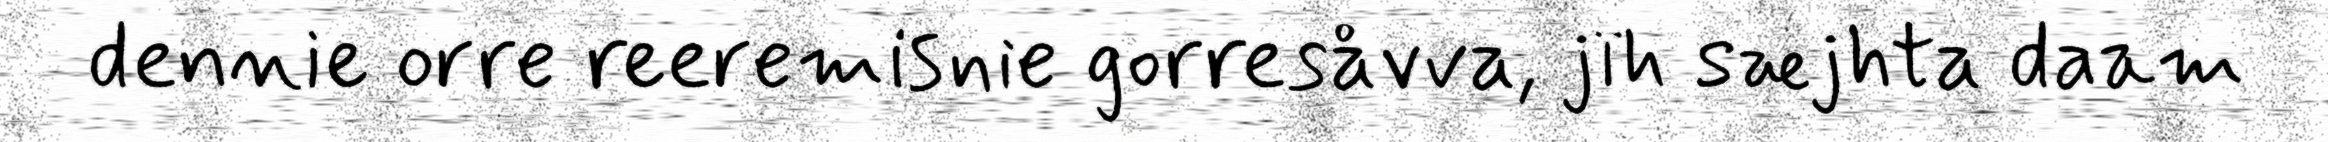
dennie orre reeremisnie gorresåvva, jïh sæjhta daam